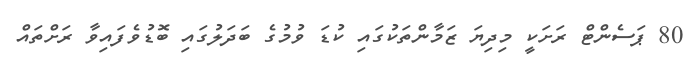
80 ޕަސެންޓް ރަށަކީ މިދިޔަ ޒަމާންތަކުގައި ކުޑަ ވުމުގެ ބަދަލުގައި ބޮޑުވެފައިވާ ރަށްތައް